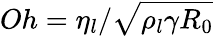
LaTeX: Oh=\eta_{l}/\sqrt{\rho_{l}\gamma R_{0}}